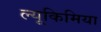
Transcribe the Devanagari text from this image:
ल्यूकिमिया